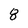
Character: 8